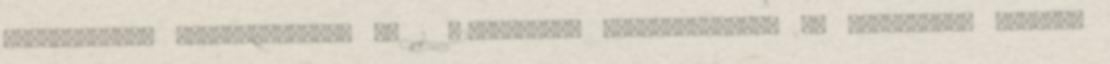
Cégbemutató: Asztalfoglalás az 1 327-0045-es telefonszámon. 5. Borbíróság Étterem